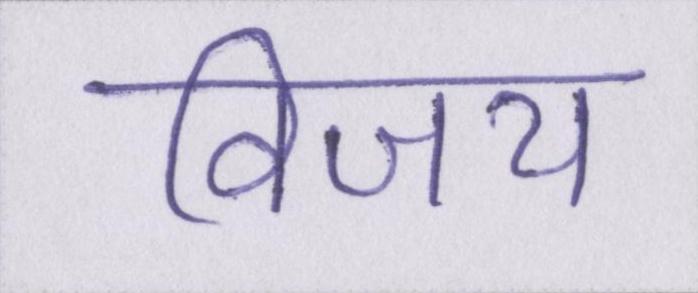
विजय